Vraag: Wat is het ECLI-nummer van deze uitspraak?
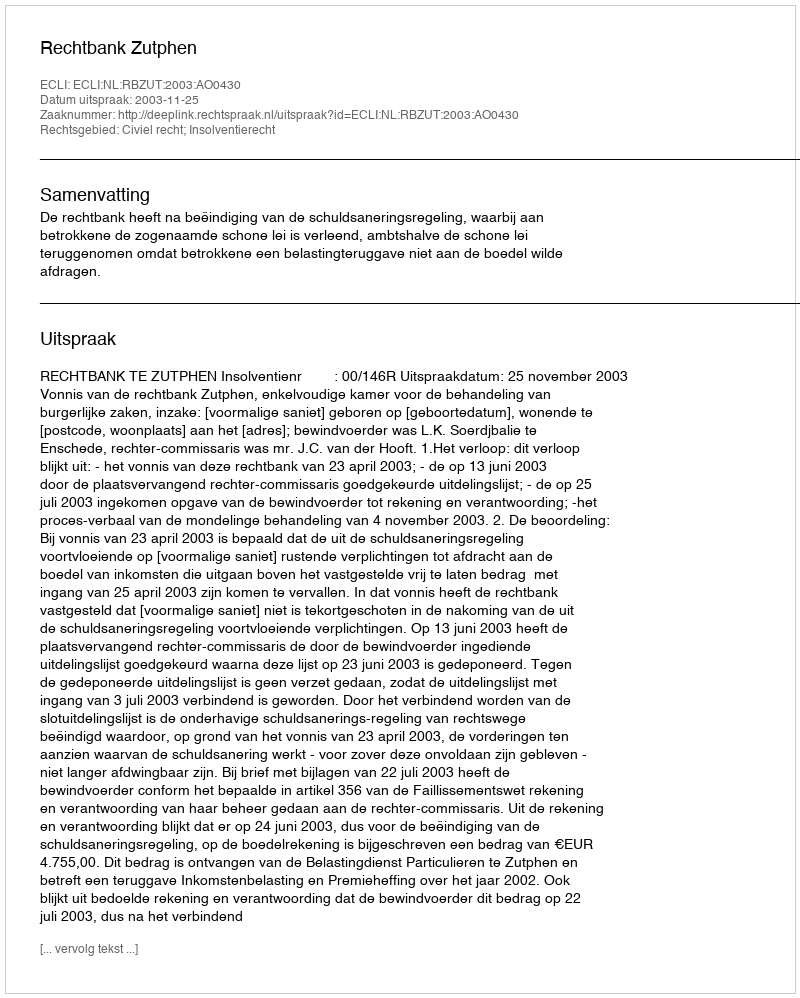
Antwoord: ECLI:NL:RBZUT:2003:AO0430